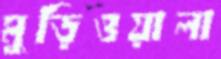
মুড়িওয়ালা